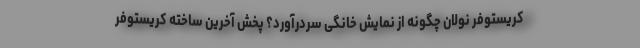
کریستوفر نولان چگونه از نمایش خانگی سردرآورد؟ پخش آخرین ساخته کریستوفر